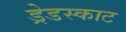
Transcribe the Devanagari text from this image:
ड्रेडस्काट